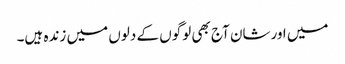
میں اورشان آج بھی لوگوں کے دلوں میں زندہ ہیں۔